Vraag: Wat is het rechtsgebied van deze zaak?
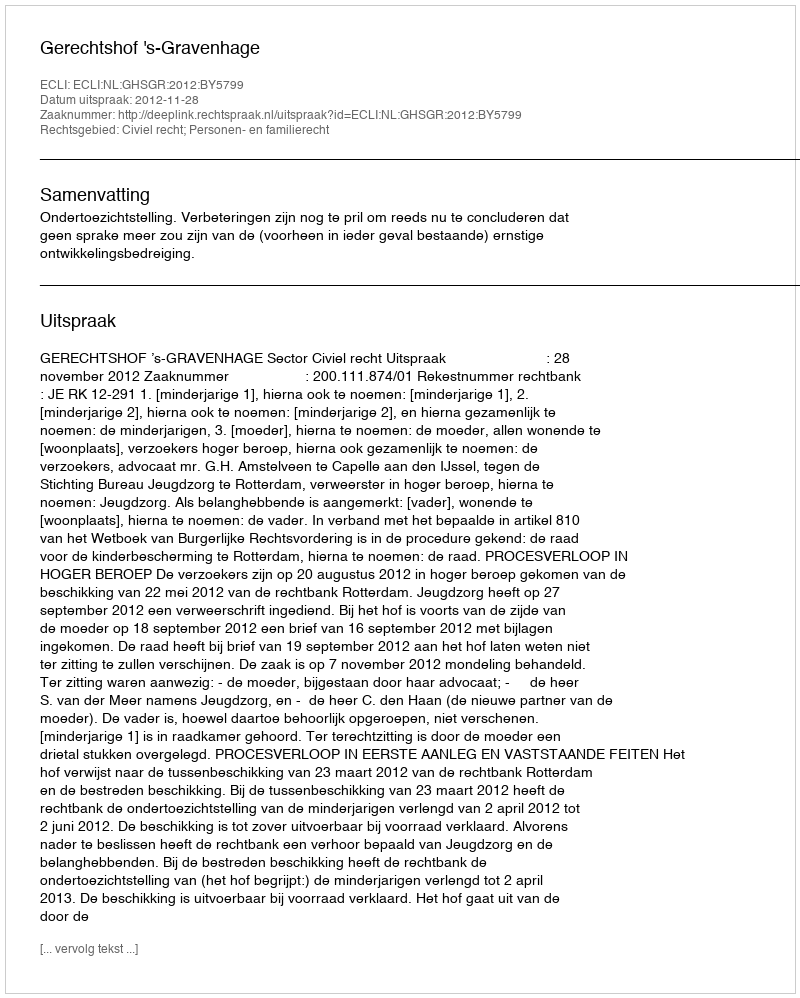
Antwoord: Civiel recht; Personen- en familierecht